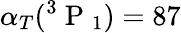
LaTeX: \alpha_{T}(^{3}\mathrm{~P~}_{1})=87